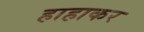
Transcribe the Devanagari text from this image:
हाहाकर